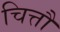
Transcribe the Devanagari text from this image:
चित्तौ